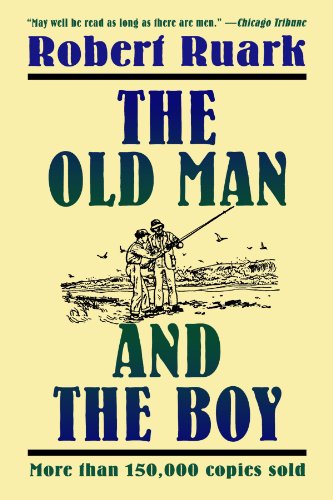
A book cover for The Old Man and the Boy; Robert Ruark; Literature & Fiction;